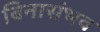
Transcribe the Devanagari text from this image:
बिनासंभव